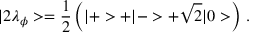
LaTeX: | 2 \lambda _ { \phi } > = \frac { 1 } { 2 } \left( | + > + | - > + \sqrt { 2 } | 0 > \right) \, .